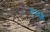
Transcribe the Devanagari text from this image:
नगमें